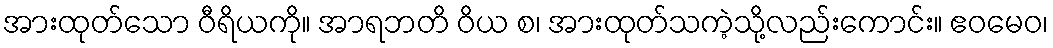
အားထုတ်သော ဝီရိယကို။ အာရဘတိ ဝိယ စ၊ အားထုတ်သကဲ့သို့လည်းကောင်း။ ဧဝမေဝ၊